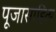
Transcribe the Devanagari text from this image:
पूजासाहित्य